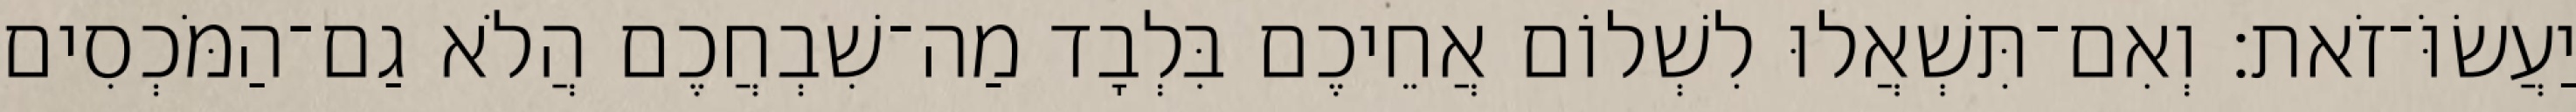
יַעֲשׂוֹּ־זֹאת׃ וְאִם־תִּשְׁאֲלוּ לִשְׁלוֹם אֲחֵיכֶם בִּלְבָד מַה־שִׁבְחֲכֶם הֲלֹא גַם־הַמֹּכְסִים